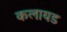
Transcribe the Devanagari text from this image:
कलायड